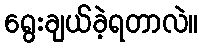
ရွေးချယ်ခဲ့ရတာလဲ။